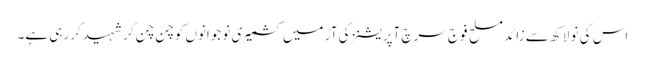
اس کی نو لاکھ سے زائد مسلح فوج سرچ آپریشنز کی آڑ میں کشمیری نوجوانوں کو چن چن کر شہید کررہی ہے۔